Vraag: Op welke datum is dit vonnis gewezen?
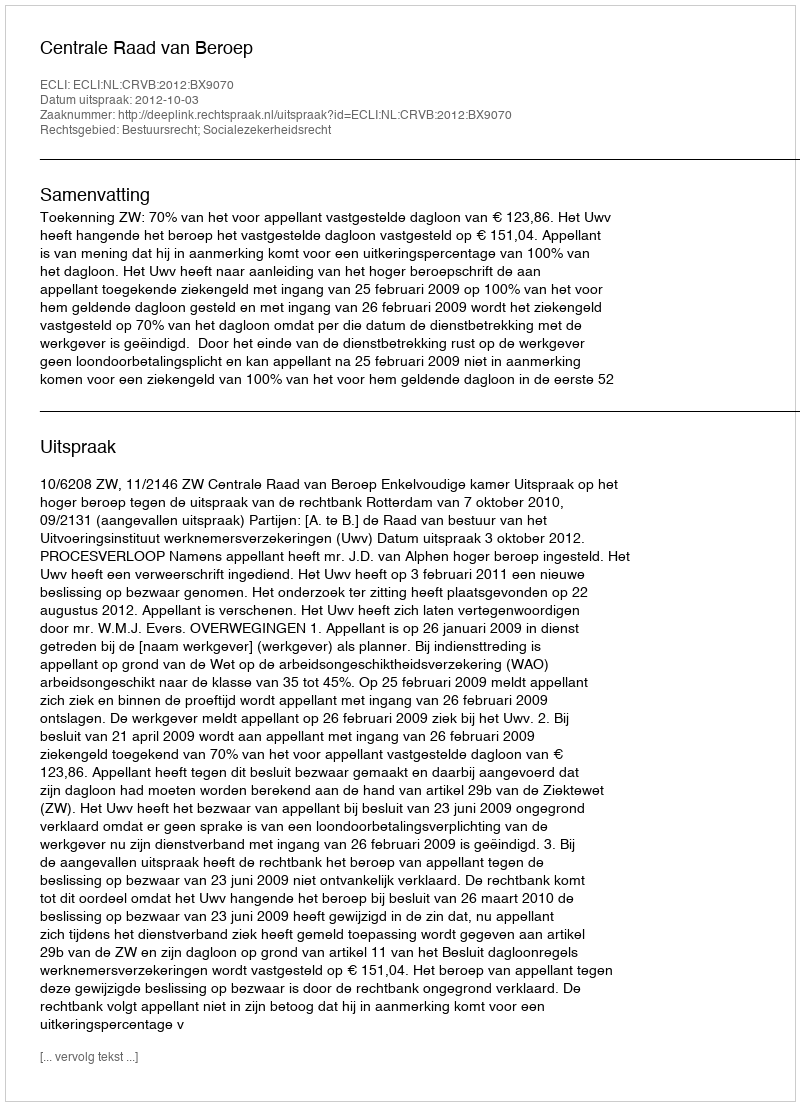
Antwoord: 2012-10-03